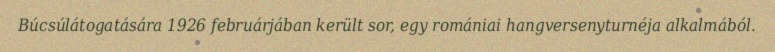
Búcsúlátogatására 1926 februárjában került sor, egy romániai hangversenyturnéja alkalmából.